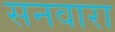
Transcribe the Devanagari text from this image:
सनवारा